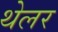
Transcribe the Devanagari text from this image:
थेलर